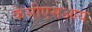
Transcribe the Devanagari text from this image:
केसीएसआय